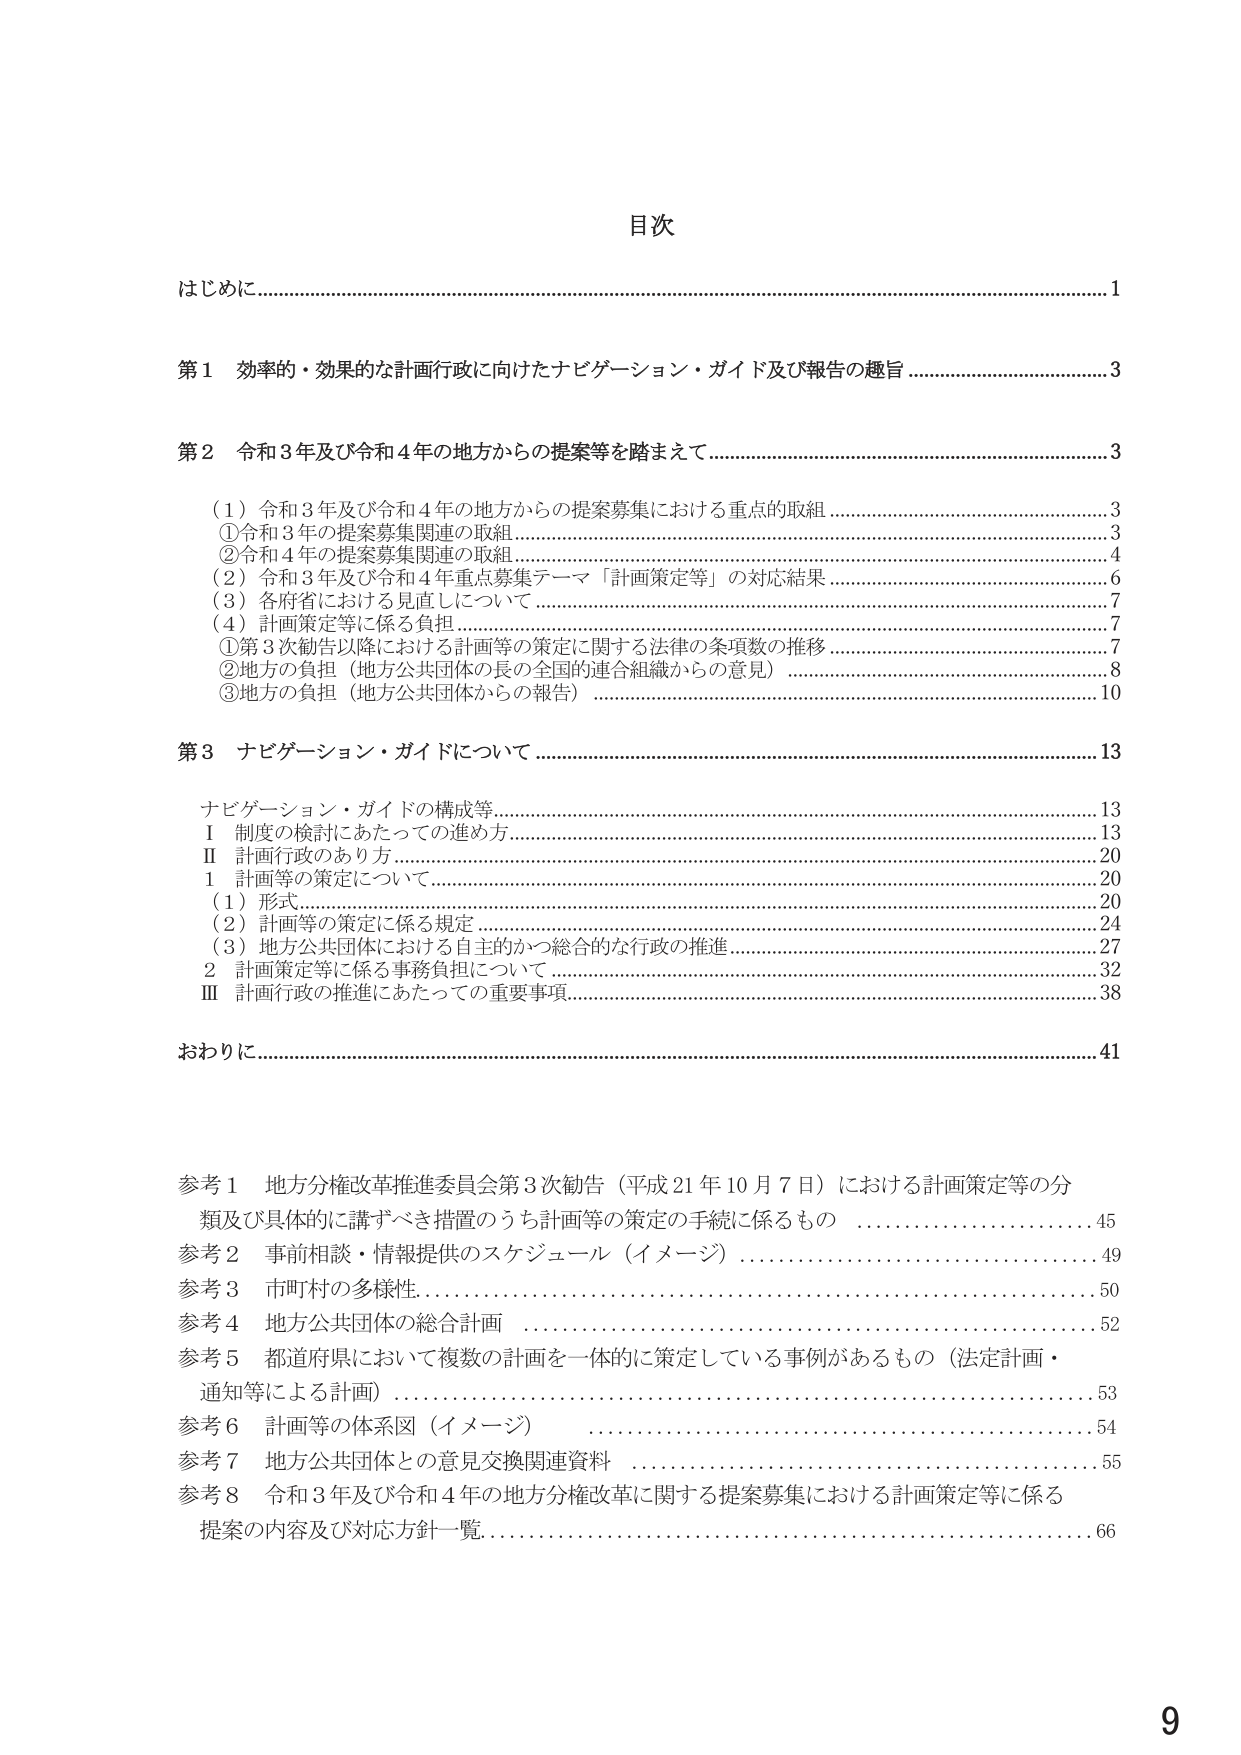
目次

はじめに………………………………………………………………………………………………………1

第1 効率的・効果的な計画行政に向けたナビゲーション・ガイド及び報告の趣旨……………………3

第2 令和3年及び令和4年の地方からの提案等を踏まえて………………………………………………3

　（1）令和3年及び令和4年の地方からの提案募集における重点的取組………………………………3
　　①令和3年の提案募集関連の取組……………………………………………………………………3
　　②令和4年の提案募集関連の取組……………………………………………………………………4
　（2）令和3年及び令和4年重点募集テーマ「計画策定等」の対応結果………………………………6
　（3）各府省における見直しについて……………………………………………………………………7
　（4）計画策定等に係る負担………………………………………………………………………………7
　　①第3次勧告以降における計画等の策定に関する法律の条項数の推移……………………………7
　　②地方の負担（地方公共団体の長の全国的連合組織からの意見）………………………………8
　　③地方の負担（地方公共団体からの報告）…………………………………………………………10

第3 ナビゲーション・ガイドについて…………………………………………………………………13

　ナビゲーション・ガイドの構成等……………………………………………………………………13
　Ⅰ 制度の検討にあたっての進め方……………………………………………………………………13
　Ⅱ 計画行政のあり方……………………………………………………………………………………20
　　1 計画等の策定について………………………………………………………………………………20
　　　（1）形式……………………………………………………………………………………………20
　　　（2）計画等の策定に係る規定……………………………………………………………………24
　　　（3）地方公共団体における自主的かつ総合的な行政の推進……………………………………27
　　2 計画策定等に係る事務負担について………………………………………………………………32
　Ⅲ 計画行政の推進にあたっての重要事項……………………………………………………………38

おわりに……………………………………………………………………………………………………41

参考1 地方分権改革推進委員会第3次勧告（平成21年10月7日）における計画策定等の分
　類及び具体的に講ずべき措置のうち計画等の策定の手続に係るもの……………………………45
参考2 事前相談・情報提供のスケジュール（イメージ）……………………………………………49
参考3 市町村の多様性……………………………………………………………………………………50
参考4 地方公共団体の総合計画…………………………………………………………………………52
参考5 都道府県において複数の計画を一体的に策定している事例があるもの（法定計画・
　通知等による計画）…………………………………………………………………………………53
参考6 計画等の体系図（イメージ）……………………………………………………………………54
参考7 地方公共団体との意見交換関連資料……………………………………………………………55
参考8 令和3年及び令和4年の地方分権改革に関する提案募集における計画策定等に係る
　提案の内容及び対応方針一覧………………………………………………………………………66

9